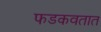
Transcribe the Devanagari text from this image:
फडकवतात